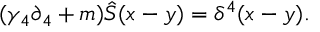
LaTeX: ( \gamma _ { 4 } \partial _ { 4 } + m ) \hat { S } ( x - y ) = \delta ^ { 4 } ( x - y ) .